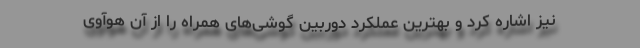
نیز اشاره کرد و بهترین عملکرد دوربین گوشی‌های همراه را از آن هوآوی